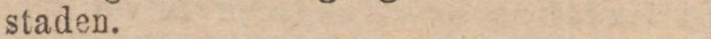
staden.